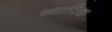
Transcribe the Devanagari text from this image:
व्यारिक